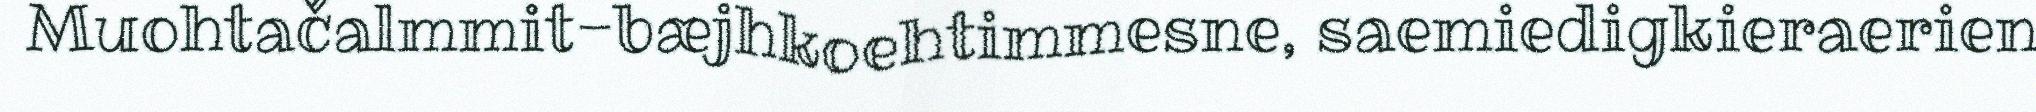
Muohtačalmmit-bæjhkoehtimmesne, saemiedigkieraerien